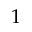
1